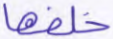
خلفها